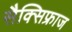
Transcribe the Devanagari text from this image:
सैक्सिफ्राज